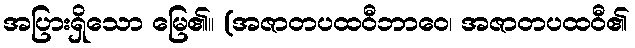
အပြားရှိသော မြေ၏။ (အဇာတပထဝီဘာဝေ၊ အဇာတပထဝီ၏